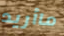
ماأريد